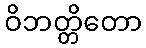
ဝိဘတ္တိတော